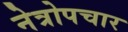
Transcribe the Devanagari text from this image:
नेत्रोपचार